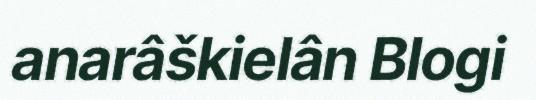
anarâškielân Blogi